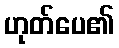
ဟုတ်ပေ၏